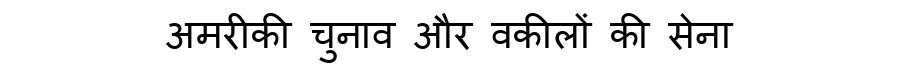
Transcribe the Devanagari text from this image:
अमरीकी चुनाव और वकीलों की सेना